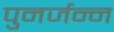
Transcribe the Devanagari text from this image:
पुनर्जन्न